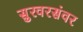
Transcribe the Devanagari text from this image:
सुरवरसंवर